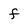
Character: f